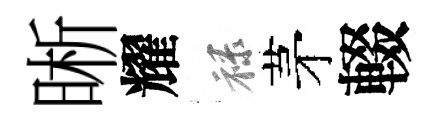
晰耀禄茅輟